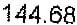
144.68